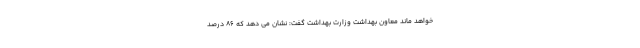
خواهد ماند معاون بهداشت وزارت بهداشت گفت: نشان می دهد که ۸۶ درصد